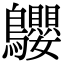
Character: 𪈤